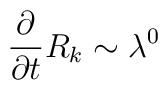
\frac{\partial}{\partial{t}}R_k\sim\lambda^0